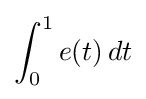
\int _{0}^{1}e(t)\,dt